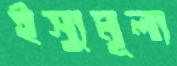
ইস্যুমূল্য